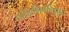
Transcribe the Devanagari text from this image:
प्रतिरक्षितविज्ञान